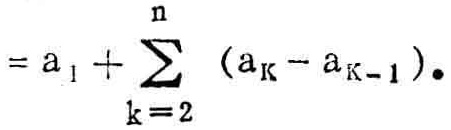
\(= a_{1}+\sum_{k = 2}^{n} (a_{k}-a_{k - 1}).\)